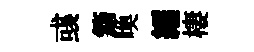
彧籍喚繻棲